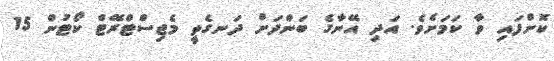
ކޮށްފައި ވާ ކަމަށެވެ. އަދި އޭނާގެ ބަންދަށް ދަނގެތީ މެޖިސްޓްރޭޓް ކޯޓުން 15